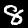
Digit: 8